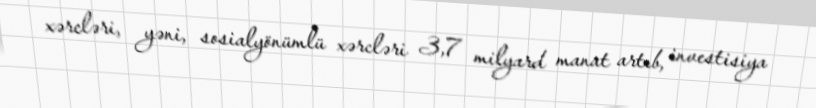
xərcləri, yəni, sosialyönümlü xərcləri 3,7 milyard manat artıb, investisiya